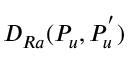
D _ { R a } ( P _ { u } , P _ { u } ^ { ' } )